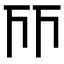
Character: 𠀞